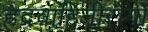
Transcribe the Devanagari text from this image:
ह्रदवाहिनीरोगों